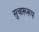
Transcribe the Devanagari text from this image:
सुचारूरूप